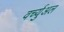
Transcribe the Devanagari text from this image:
वर्च्युअल